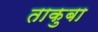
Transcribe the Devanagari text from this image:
ताकुबा